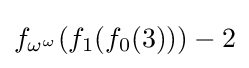
f_{\omega ^{\omega }}(f_{1}(f_{0}(3)))-2